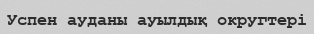
Успен ауданы ауылдық округтері